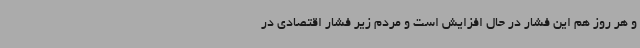
و هر روز هم این فشار در حال افزایش است و مردم زیر فشار اقتصادی در